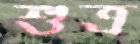
শুত্র